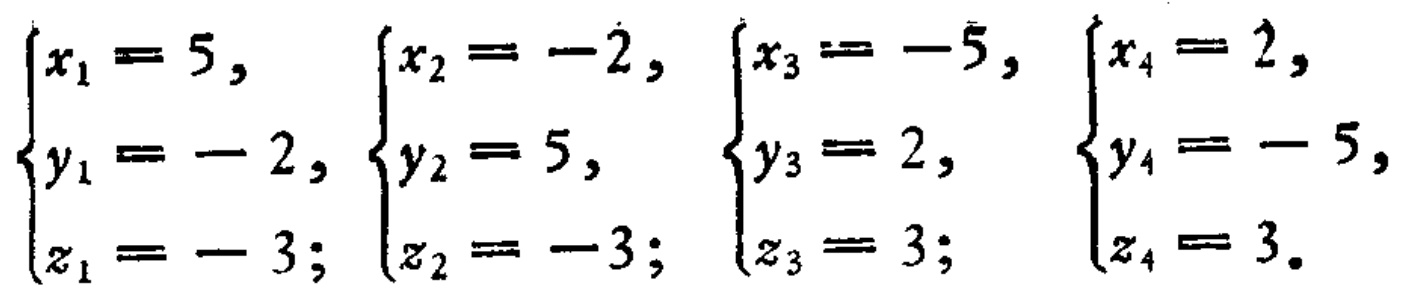
$\begin{cases}x_1 = 5, \\y_1 = - 2, \\z_1 = - 3;\end{cases}\begin{cases}x_2 = -2, \\y_2 = 5, \\z_2 = -3;\end{cases}\begin{cases}x_3 = -5, \\y_3 = 2, \\z_3 = 3;\end{cases}\begin{cases}x_4 = 2, \\y_4 = - 5, \\z_4 = 3.\end{cases}$